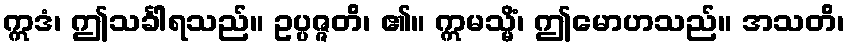
ဣဒံ၊ ဤသင်္ခါရသည်။ ဥပ္ပဇ္ဇတိ၊ ၏။ ဣမသ္မိံ၊ ဤမောဟသည်။ အသတိ၊